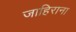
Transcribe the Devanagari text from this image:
जाहिराना